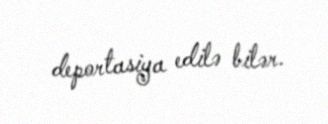
deportasiya edilə bilər.